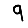
Digit: 9